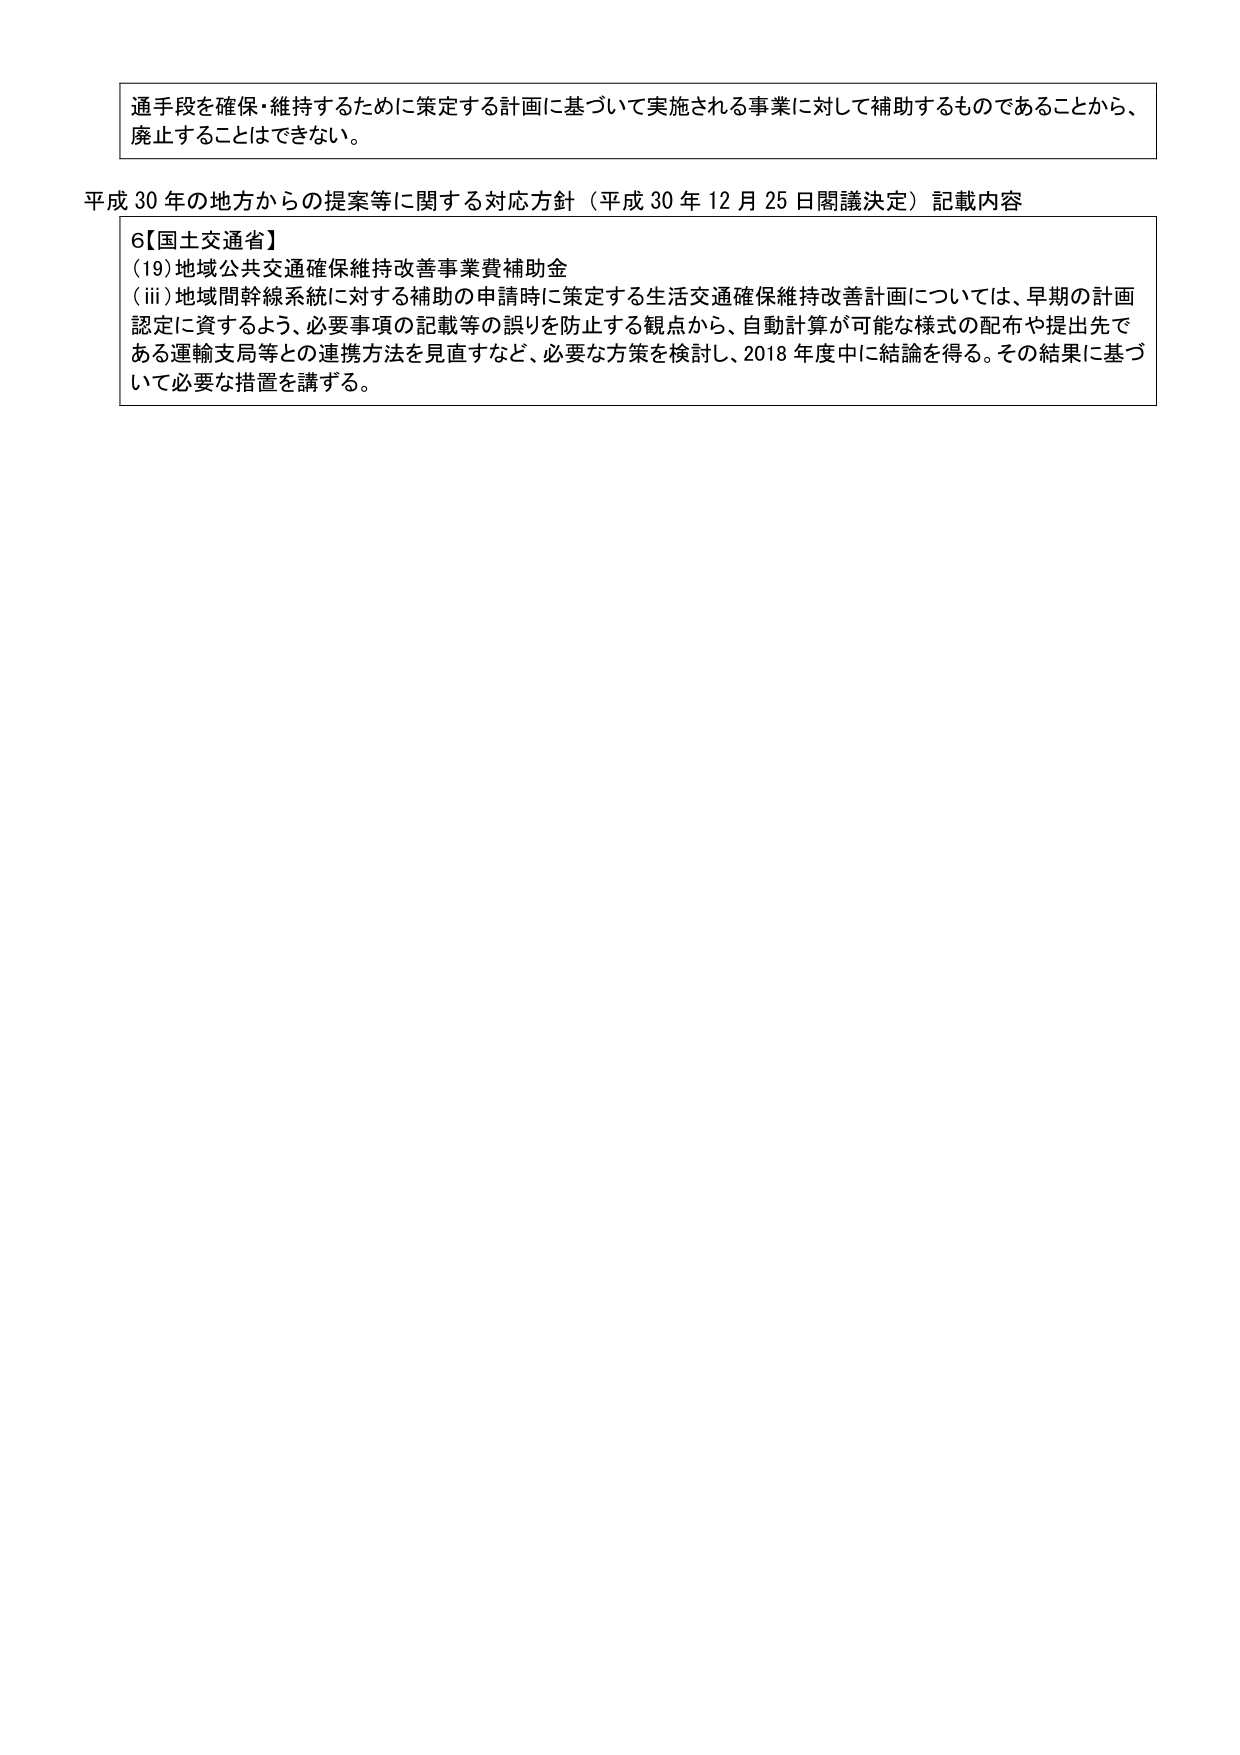
通手段を確保・維持するために策定する計画に基づいて実施される事業に対して補助するものであることから、
廃止することはできない。

平成30年の地方からの提案等に関する対応方針（平成30年12月25日閣議決定）記載内容
6【国土交通省】
(19)地域公共交通確保維持改善事業費補助金
(iii)地域間幹線系統に対する補助の申請時に策定する生活交通確保維持改善計画については、早期の計画
認定に資するよう、必要事項の記載等の誤りを防止する観点から、自動計算が可能な様式の配布や提出先で
ある運輸支局等との連携方法を見直すなど、必要な方策を検討し、2018年度中に結論を得る。その結果に基づ
いて必要な措置を講ずる。